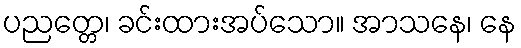
ပညတ္တေ၊ ခင်းထားအပ်သော။ အာသနေ၊ နေ